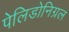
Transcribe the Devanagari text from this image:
पेलिडोनिग्रल